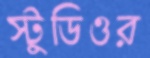
স্টুডিওর